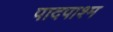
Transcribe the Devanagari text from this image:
पादपाश्म